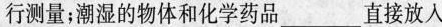
行测量；潮湿的物体和化学药品___直接放入